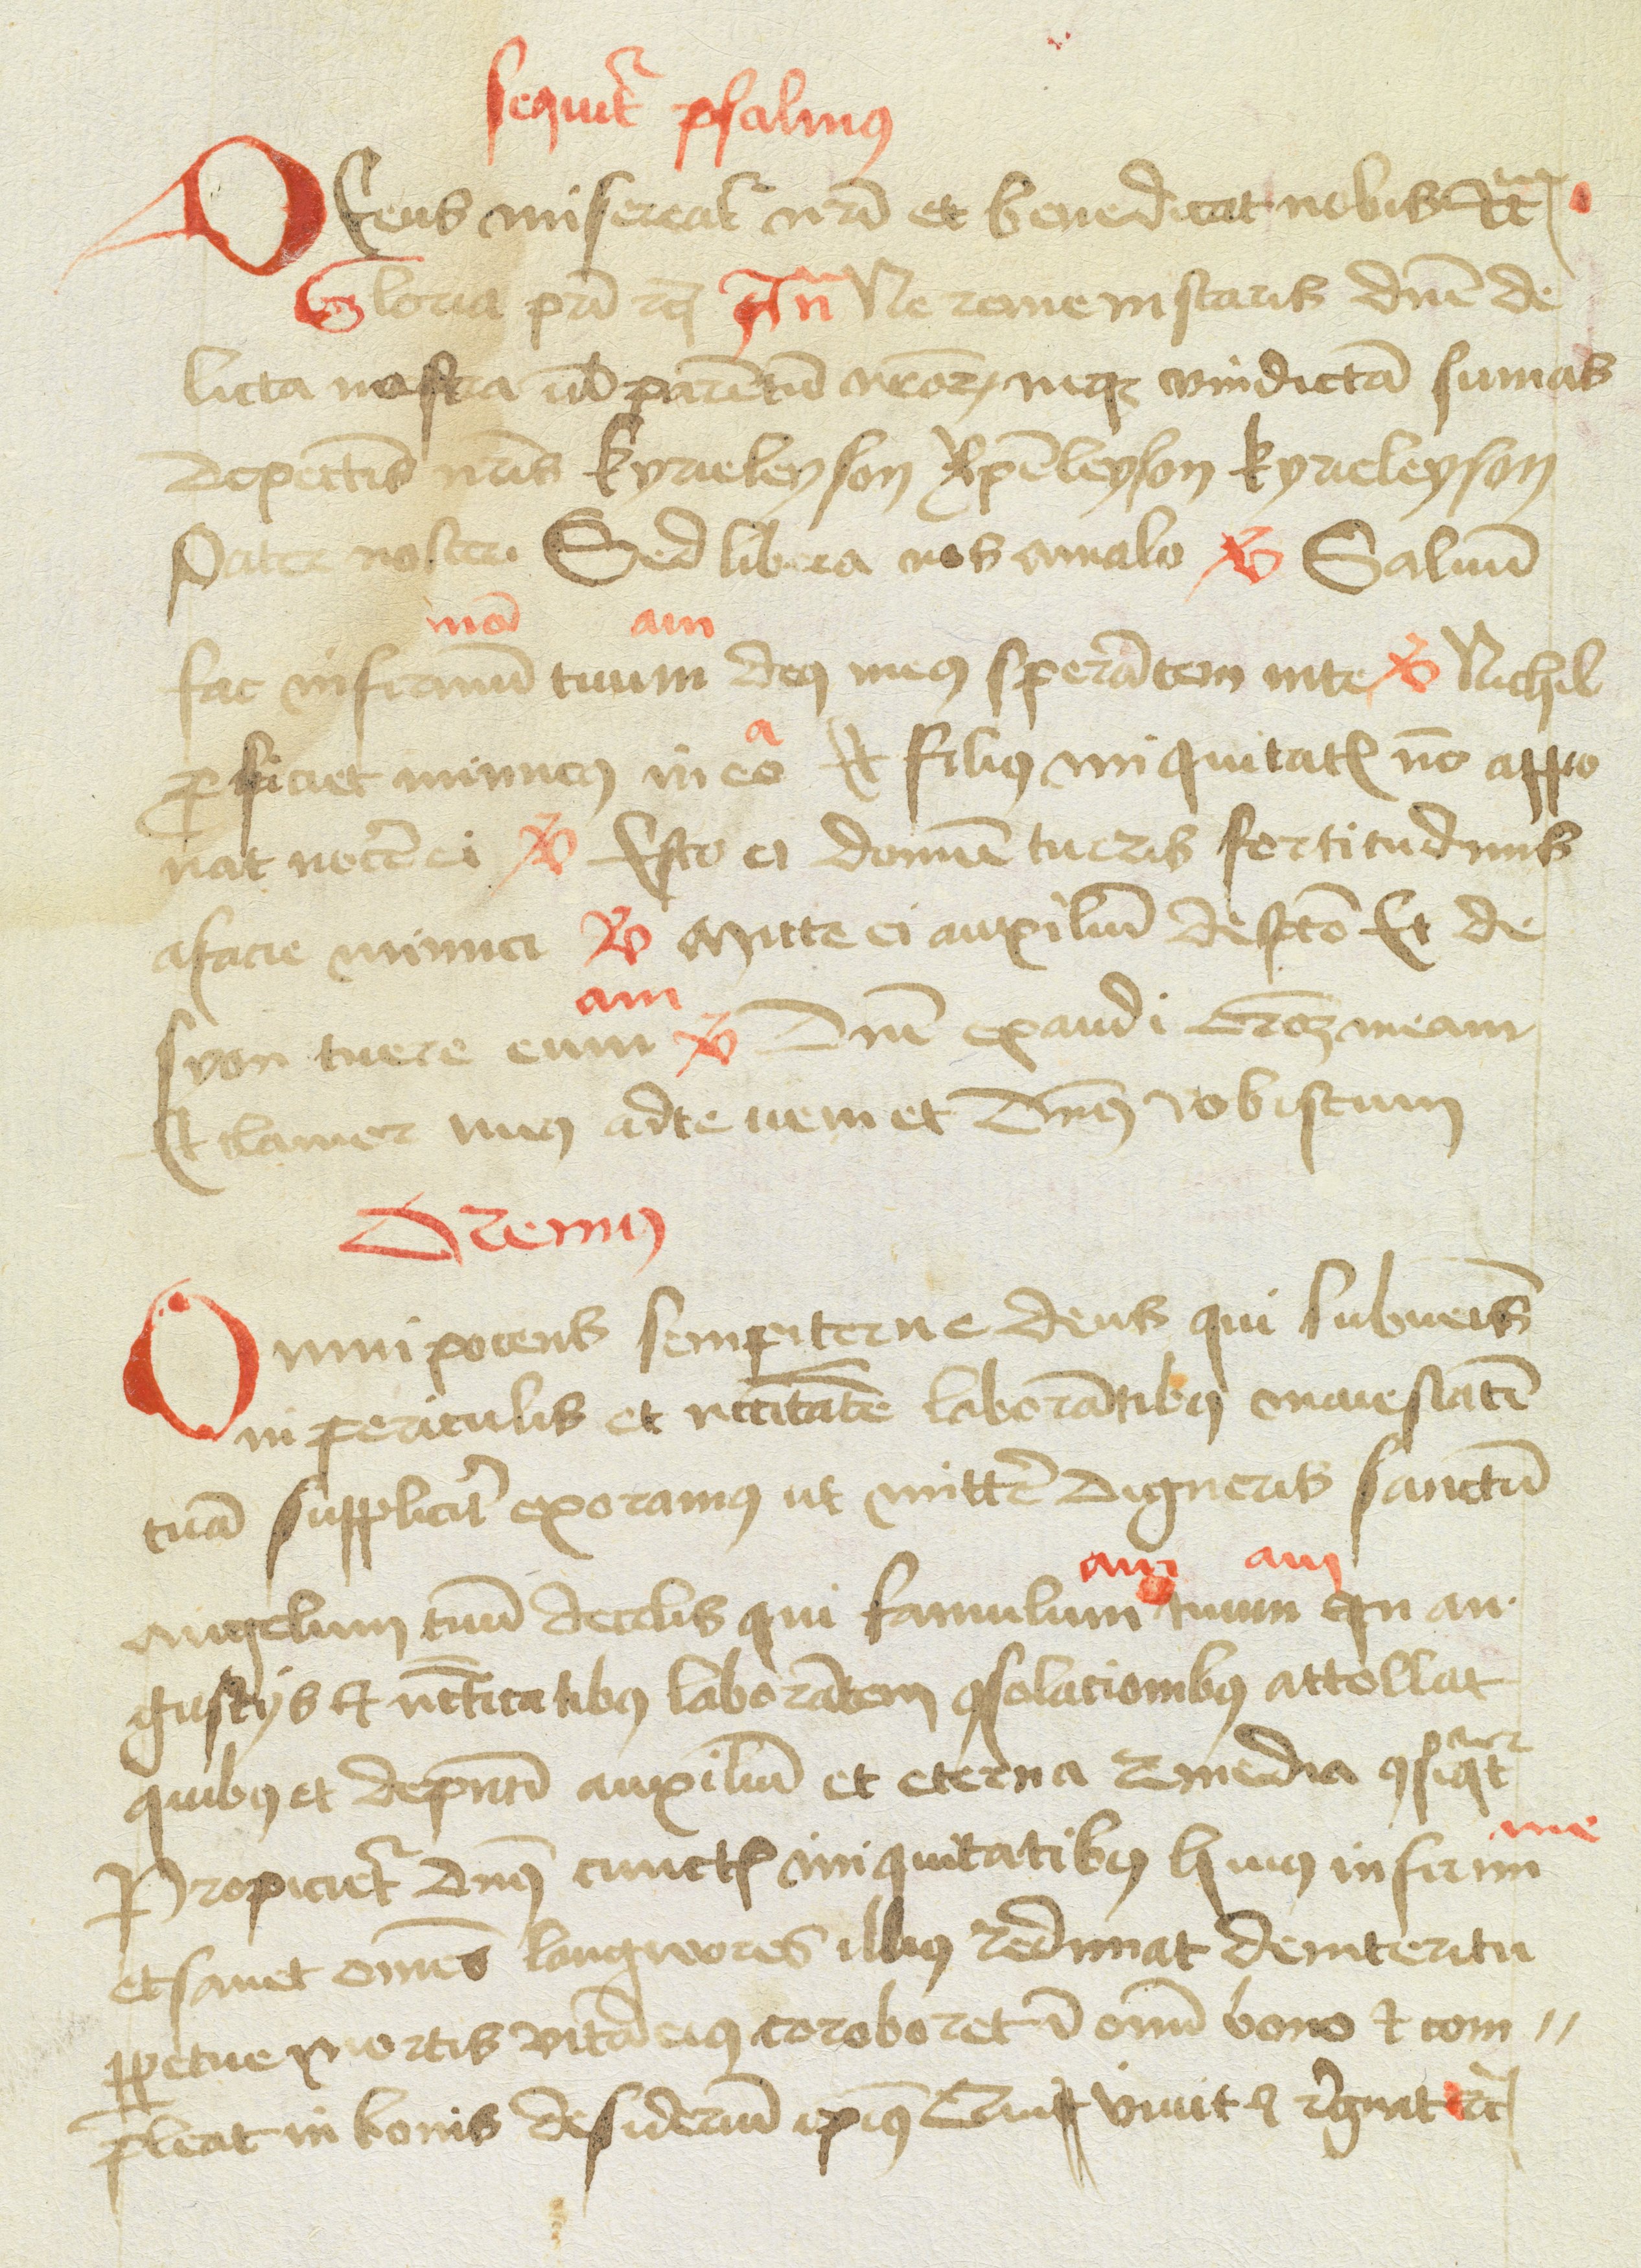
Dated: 1477–1487